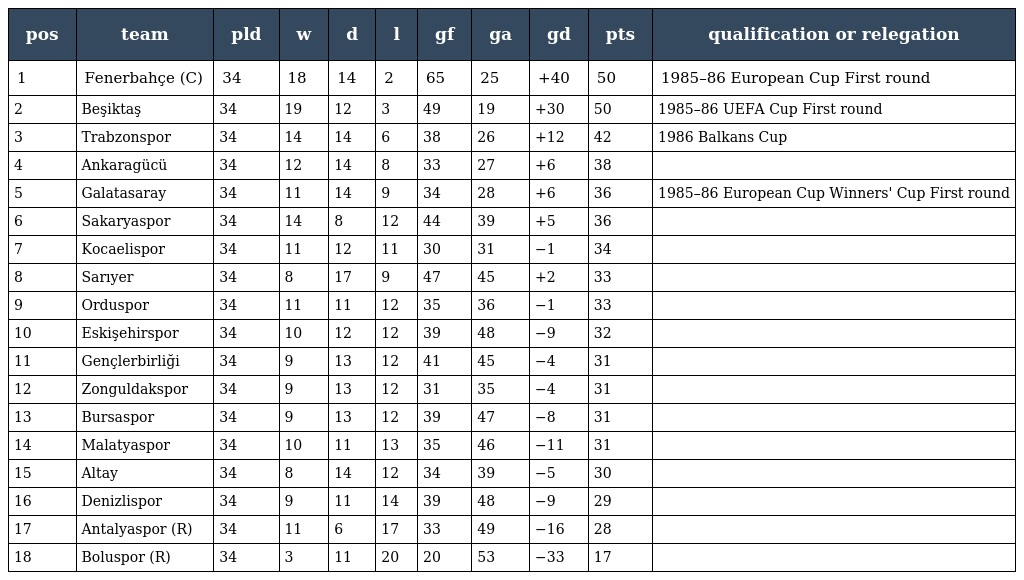
| pos | team | pld | w | d | l | gf | ga | gd | pts | qualification or relegation |
 | --- | --- | --- | --- | --- | --- | --- | --- | --- | --- | --- |
 | 1 | Fenerbahçe (C) | 34 | 18 | 14 | 2 | 65 | 25 | +40 | 50 | 1985–86 European Cup First round |
 | 2 | Beşiktaş | 34 | 19 | 12 | 3 | 49 | 19 | +30 | 50 | 1985–86 UEFA Cup First round |
 | 3 | Trabzonspor | 34 | 14 | 14 | 6 | 38 | 26 | +12 | 42 | 1986 Balkans Cup |
 | 4 | Ankaragücü | 34 | 12 | 14 | 8 | 33 | 27 | +6 | 38 |  |
 | 5 | Galatasaray | 34 | 11 | 14 | 9 | 34 | 28 | +6 | 36 | 1985–86 European Cup Winners' Cup First round |
 | 6 | Sakaryaspor | 34 | 14 | 8 | 12 | 44 | 39 | +5 | 36 |  |
 | 7 | Kocaelispor | 34 | 11 | 12 | 11 | 30 | 31 | −1 | 34 |  |
 | 8 | Sarıyer | 34 | 8 | 17 | 9 | 47 | 45 | +2 | 33 |  |
 | 9 | Orduspor | 34 | 11 | 11 | 12 | 35 | 36 | −1 | 33 |  |
 | 10 | Eskişehirspor | 34 | 10 | 12 | 12 | 39 | 48 | −9 | 32 |  |
 | 11 | Gençlerbirliği | 34 | 9 | 13 | 12 | 41 | 45 | −4 | 31 |  |
 | 12 | Zonguldakspor | 34 | 9 | 13 | 12 | 31 | 35 | −4 | 31 |  |
 | 13 | Bursaspor | 34 | 9 | 13 | 12 | 39 | 47 | −8 | 31 |  |
 | 14 | Malatyaspor | 34 | 10 | 11 | 13 | 35 | 46 | −11 | 31 |  |
 | 15 | Altay | 34 | 8 | 14 | 12 | 34 | 39 | −5 | 30 |  |
 | 16 | Denizlispor | 34 | 9 | 11 | 14 | 39 | 48 | −9 | 29 |  |
 | 17 | Antalyaspor (R) | 34 | 11 | 6 | 17 | 33 | 49 | −16 | 28 |  |
 | 18 | Boluspor (R) | 34 | 3 | 11 | 20 | 20 | 53 | −33 | 17 |  |